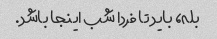
بله، باید تا فردا شب اینجا باشد.